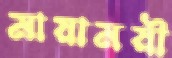
মায়াময়ী